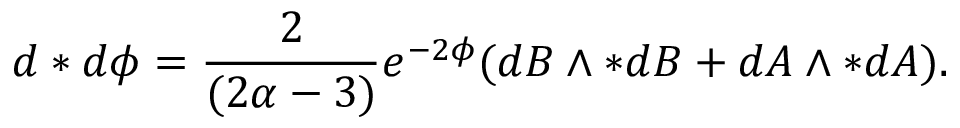
d * d \phi = \frac { 2 } { ( 2 \alpha - 3 ) } e ^ { - 2 \phi } ( d B \wedge * d B + d A \wedge * d A ) .